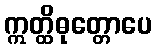
ဣတ္ထိဓုတ္တောပေ